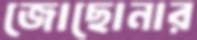
জোছোনার